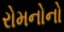
રોમનોનો